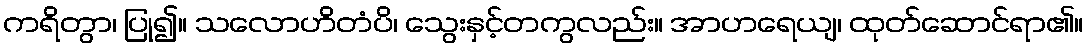
ကရိတွာ၊ ပြု၍။ သလောဟိတံပိ၊ သွေးနှင့်တကွလည်း။ အာဟရေယျ၊ ထုတ်ဆောင်ရာ၏။